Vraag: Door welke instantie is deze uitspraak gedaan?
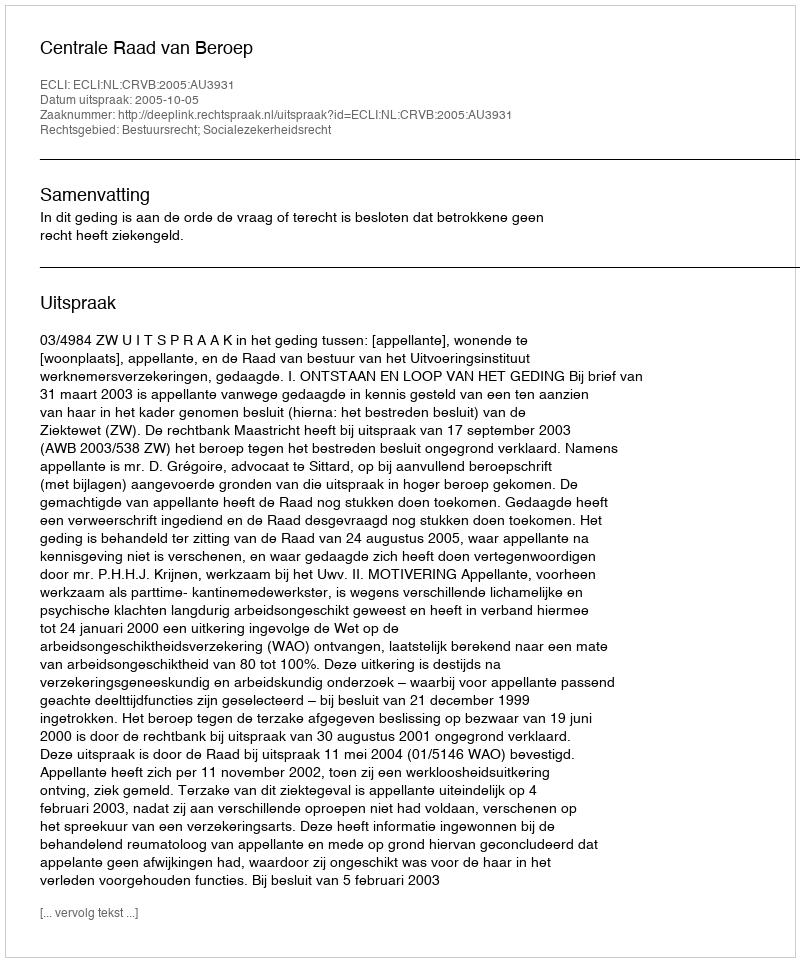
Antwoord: Centrale Raad van Beroep